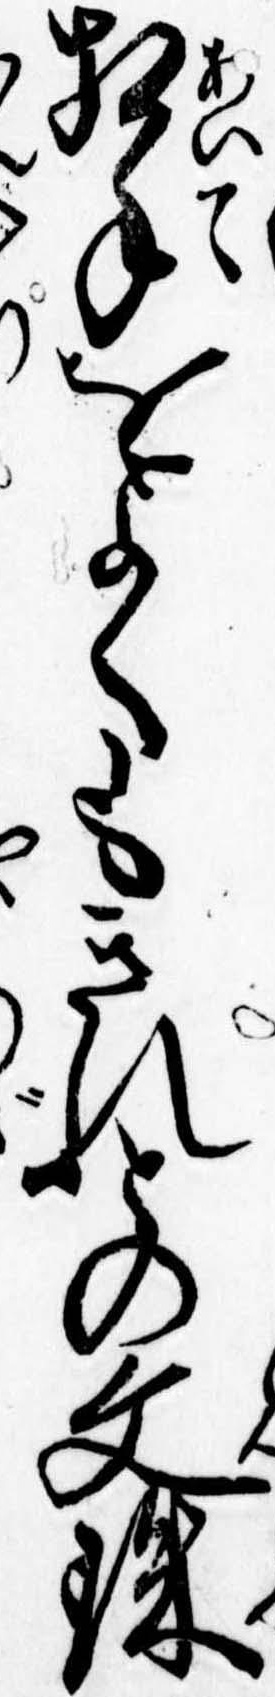
相手をよくもきれとの文珠